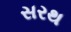
સરથ